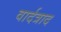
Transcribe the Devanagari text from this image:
वार्दत्राद